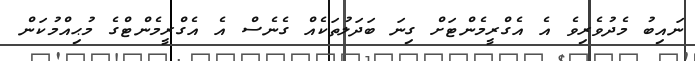
ނައިބު މެދުވެރިވެ އެ އެގްރީމެންޓަށް ގިނަ ބަދަލުތަކެއް ގެނެސް އެ އެގްރީމެންޓްގެ މުޙިއްމުކަން